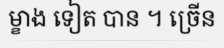
ម្ខាង ទៀត បាន ។ ច្រើន